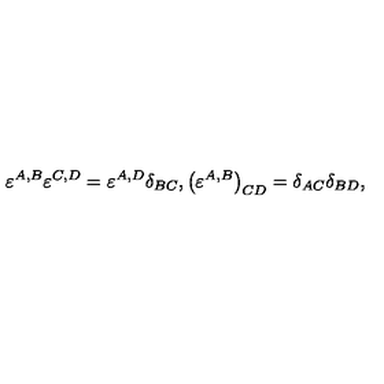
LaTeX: \varepsilon ^ { A , B } \varepsilon ^ { C , D } = \varepsilon ^ { A , D } \delta _ { B C } , \left( \varepsilon ^ { A , B } \right) _ { C D } = \delta _ { A C } \delta _ { B D } ,